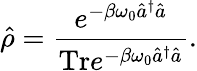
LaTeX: \hat{\rho}=\frac{e^{-\beta\omega_{0}\hat{a}^{\dagger}\hat{a}}}{\mathrm{Tr}e^{-\beta\omega_{0}\hat{a}^{\dagger}\hat{a}}}.